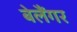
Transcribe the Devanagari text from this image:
बेलैंगर